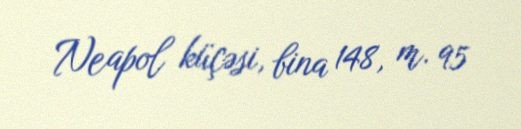
Neapol küçəsi, bina 148, m. 95